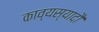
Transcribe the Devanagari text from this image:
काव्यस्यादौ